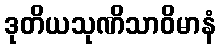
ဒုတိယသုဏိသာဝိမာနံ